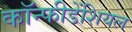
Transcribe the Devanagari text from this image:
कॉन्फीडेंशियल